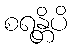
စရန္တိပိ